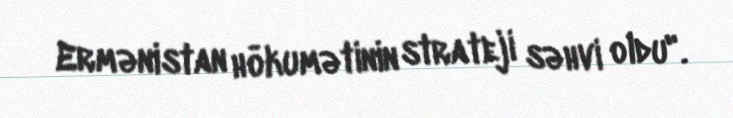
Ermənistan hökumətinin strateji səhvi oldu".